Document type: Grant
Year: 1232
Scribe: Berenguer de Clos
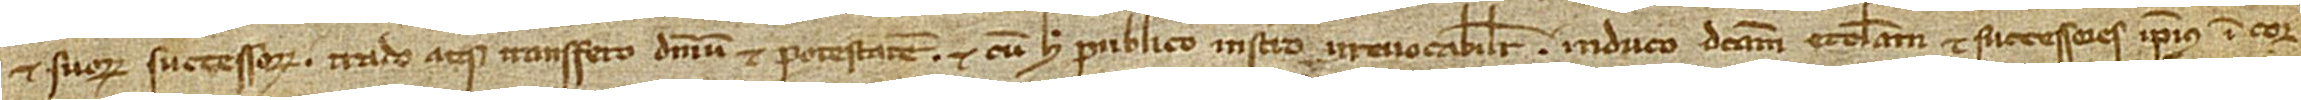
et suorum successorum trado atque transfero dominium et potestatem, et cum hoc publico instrumento irrevocabiliter induco dictam ecclesiam et successores ipsius in cor-